Report of the Hyderabad Chloroform Commission
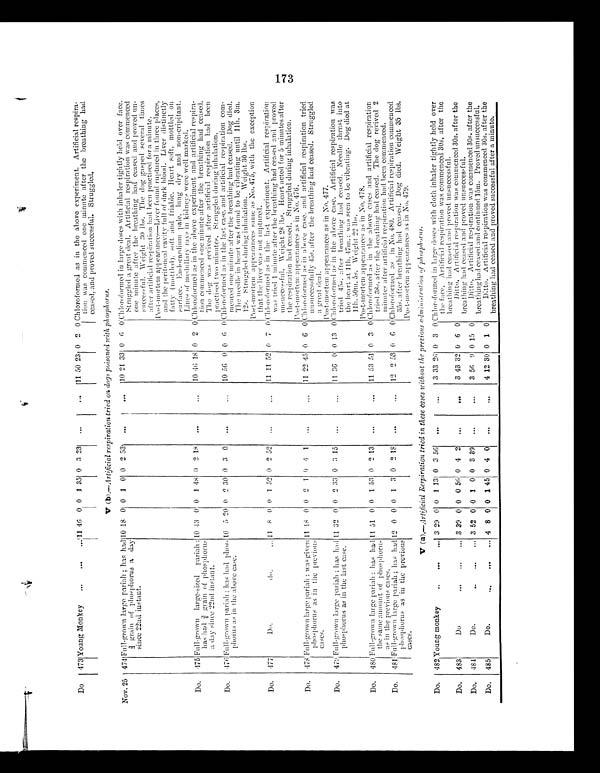
Do.
473 Young Monkey . . . 11
46 0 0 1 35 0 3 23
...
...
11 50 23 0 2 0 Chloroformed as in the above experiment. Artificial
r e s p i r a - t i o nw
a sc
o m m e n c e d o n em
i n u t ea
f t e rt
h e b r e a t h i n g h a d
ceased, and proved successful. Struggled.
V (b) .—Artificial respiration tried on dogs poisoned with phosphorus.
Nov. 25 474 Full-grown large pariah; has had
¾ grain of phosphorus a day
since 22nd instant.
10 18 0 0 1 0 0 2 53
...
...
10 21 33 0
6 0 Chloroformed in large doses with inhaler tightly held over face.
Struggled a great deal. Artificial respiration was commenced
one minute after the breathing had ceased and proved un
-
successful. Weight 30 lbs. The dog gasped several times
after artificial respiration had been practised for a minute.
Post-mortem appearances—Liver found ruptured in three places,
and the peritoneal cavity full of dark blood. Liver distinctly
fatty (mottled). soft and friable. Heart soft, mottled on
surface. Endocardium pale. l u ng dry and non-cripitant.
Lines of medullary rays in kidneys were well marked.
Do.
475 Full-grown large-sized pariah:
has had ¾ grain of phosphorus
a d a y s i n c e 2 2 n d i n s t a n t .
10 43 0 0 1 48 0 2 18
. . .
...
10 46 18 0 2 0 Chloroformed as in the above experiment and artificial respira-
tion commenced one minute after the breathing had ceased.
The dog was revived after artificial respiration had been
practised two minutes. Struggled during inhalation.
Do.
476 Full-grown pariah; has had phos-
phorus as in the above case.
10 5 20 0 2 30 0 3 0
...
...
10 56 0 0 6 0 Chloroformed as in the last case, and artificial respiration com
-
menced one minute after the breathing had ceased. Dog died.
The needle in heart was found to be vibrating until 11h. 3m.
12s. Struggled during inhalation. Weight 30 lbs.
Post-mortem appearances same as No. 475, with the exception
that the liver was not ruptured.
Do.
477
Do. do ... 11
8 0 0 1 52 0 2 52
...
...
11 11 52 0 7 0 Chloroformed as in the last experiment. Artificial respiration
was tried 1 minute after the breathing had ceased and proved
unsuccessful. Weight 28 lbs. Heart acted for 5 minutes after
the respiration had ceased. Struggled during inhalation.
Post-mortem appearances as in No. 476.
Do.
478 Full-grown large pariah: was given
phosphorus as in the previous
cases.
11 18 0 0 2 1 0 4 1
. . .
. . .
1 1 22 45 0 6 0 Chloroformed as in above case. and artificial respiration tried
unsuccessfully 45s. after the breathing had ceased. Struggled
a g r e a t d e a l .
Post-mortem appearances as in No. 477.
Do.
479 Full-grown large pariah: has had
phosphorus as in the last case.
11 32 0 0 2 33 0 3 15
. . .
. . .
11 36 0 0 13 0 Chloroformed as in the above case. Artificial respiration was
t r i e d 4 5 s . a f t e r b r e a t h i n g h a d c e a s e d . N e e d l e t h r u s t i n t o t h e h e a r t a t 1 1 h . 4 7 m . : w a s s e e n t o b e v i b r a t i n g .
D o g d i e d a t
11h. 50m. 5s. Weight. 22 lbs.
Post-mortem appearances as in No. 478.
Do.
480 Full-grown large pariah: has had
the same amount of phosphorus
as in the previous cases.
11 51 0 0 1 53 0 2 13
...
...
11 53 51 0 3 0 Chloroformed as in the above cases and artificial respiration
tried 38s. after the breathing had ceased. The dog revived 2
minutes after artificial respiration had been commenced.
Do.
481 Full-grown large pariah; has had
phosphorus as in the previous
cases.
12 0 0 0 1 3 0 2 18
...
...
12 2 53 0
6 0 Chloroformed as in No. 480. Artificial respiration commenced
35s. after breathing had ceased. Dog died. Weight 35 lbs.
Post-mortem appearances as in No. 479.
V (a).—Artificial Respiration tried in these cases without the previous administration of phosphorus.
Do.
4 8 2
Y o u n g m o n k e y . . .
3 29 0 0 1 13 0 3 56
. . .
...
3 33 26 0 3
0
Chloroformed in large doses with cloth inhaler tightly held over
the face. Artificial respiration was commenced 30s. after the
breathing had ceased and proved unsuccessful.
Do.
483
D o . . . 3 39 0 0 0 56 0 4 2
...
...
3 43 32 0 6 0
Ditto. Artificial respiration was commenced 30s. after the
breathing had ceased. and proved unsuccessful.
Do.
484
Do . . . 3 52 0 0 1 0 0 3 39
...
...
3 56 9 0 15 0
Ditto. Artificial respiration was commenced 30s. after the
breathing had ceased and continued 15m. Proved unsuccessful.
Do.
485
Do . . . 4 8 0 0 1 45 0 4 0
...
...
4 12 30 0 1 0
Ditto. Artificial respiration was commenced 30s. after the
breathing had ceased and proved successful after a minute.